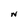
Character: N